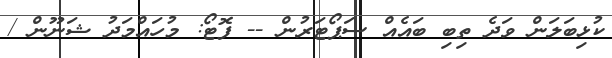
ކުޅިބަލަން ވަދެ ތިބި ބައެއް ސަޕޯޓަރުން -- ފޮޓޯ: މުހައްމަދު ޝަނޫން /